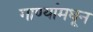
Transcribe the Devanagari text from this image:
गाण्यांमधून